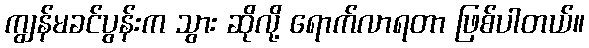
ကျွန်မခင်ပွန်းက သွား ဆိုလို့ ရောက်လာရတာ ဖြစ်ပါတယ်။